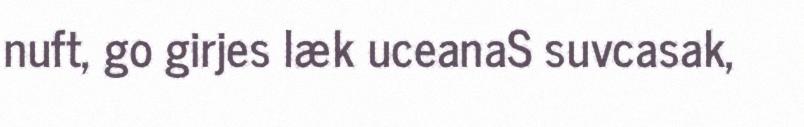
nuft, go girjes læk uceanaS suvcasak,